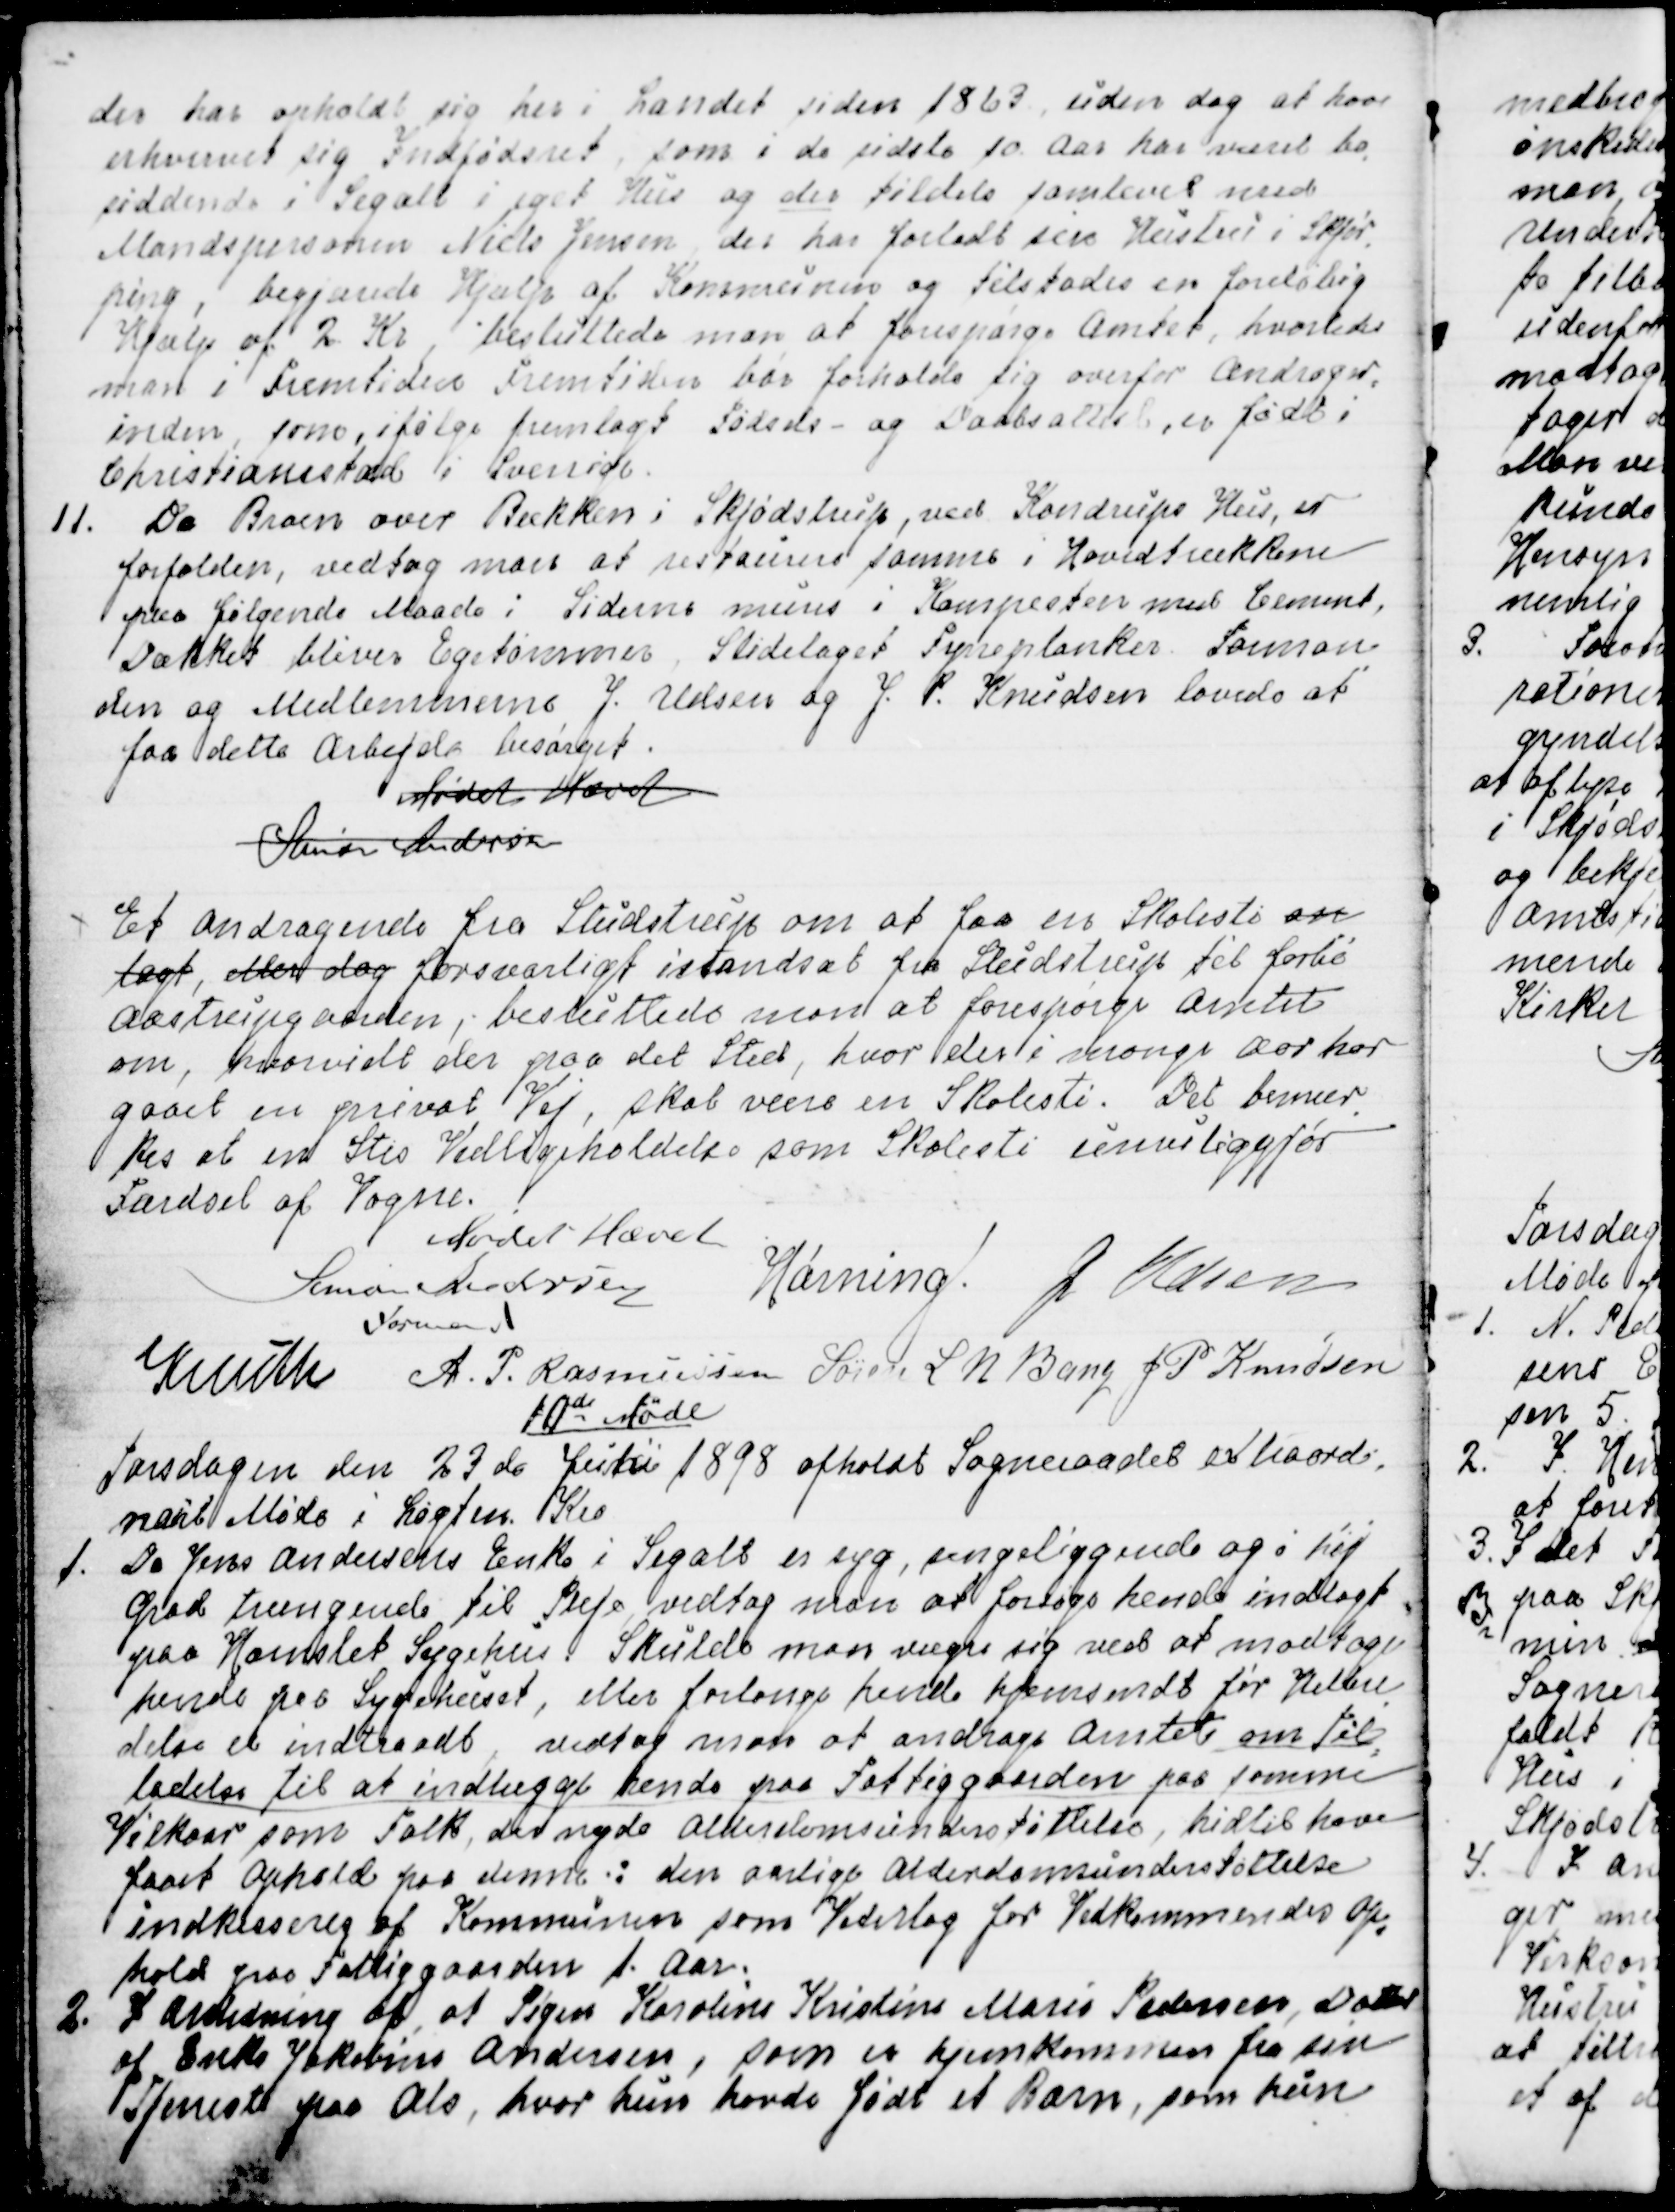
Transskription:
der har opholdt sig her i Landet siden 1863 uden dog at have
erhvervet sig Indfødsret, som i de sidste 10 Aar har været bo
=
siddende i Segalt i eget Hus og der tildels samlevet med
Mandspersonen Niels Jensen, der har forladt sin Hustru i Skjør
=
ping,  begjærede Hjælp af Kommunen og tilstodes en foreløbig
Hjælp af 2 Kr, besluttede man at forespørge Amtet, hvorledes
man i Fremtiden Fremtiden bør forholde sig overfor Andrager
=
inden, som, ifølge fremlagt Fødsels- og Daabsattest, er født i
Christiansstad i Sverrige.
11. Da Broen over Bækken i Skjødstrup, ved Kondrups Hus, er
forfalden, vedtog man at restaurere samme i Hovedtrækkene
paa følgende Maade; Siderne mures i Kampesten med Cement,
Dækket bliver Egetømmer, Slidelaget i Fyrreplanker. Forman
=
den og Medlemmerne J. Udsen og J. P. Knudsen lovede at
faa dette Arbejde besørget.
 Mødet Hævet
 Simon Andersen

Et Andragende fra Studstrup om at faa en Skolesti an
=
lagt, eller dog forsvarligt istandsat fra Studstrup til forbi
Aastrupgaarden, besluttede man at forespørge Amtet
om, hvorvidt der paa det Sted, hvor der i mange Aar har
gaaet en privat Vej, skal være en Skolesti. Det bemær
=
kes at en Stis Vedligeholdelse som Skolesti umuliggjør
Færdsel af Vogne.
 Mødet Hævet
Simon Andersen
Formand
Hørning.
J Udsen
Knuth
A. P. Rasmussen
Søren L N Bang
J P Knudsen

10de Møde
Torsdagen den 23 de Juni 1898 afholdt Sogneraadet extraordi=
nairt Møde i Løgten Kro.
1. Da Jens Andersens Enke i Segalt er syg, sengeliggende og i høj
Grad trængende til Pleje, vedtog man at forsøge hende indlagt
paa Hornslet Sygehus. Skulde man vægre sig ved at modtage
hende paa Sygehuset, eller forlange hende hjemsendt før Helbre
=
delse er indtraadt, vedtog man at andrage Amtet om Til
=
ladelse til at indlægge hende paa Fattiggaarden paa samme
Vilkaar, som Folk, der nyde Alderdomsunderstøttelse, hidtil have
faaet Ophold paa denne: den aarlige Alderdomsunderstøttelse
indkasseres af Kommunen som Vederlag for for Vedkommendes op
=
hold paa Fattiggaarden 1. Aar.
2. I Anledning af, at Pigen Karoline Kristine Marie Pedersen, Datter
af Enke Jakobine Andersen, som er hjemkommen fra sin
Tjeneste paa Als, hvor hun havde født et Barn, som hun